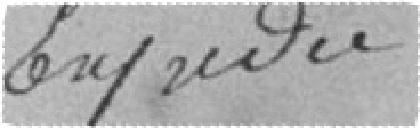
certifié conforme